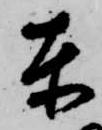
東